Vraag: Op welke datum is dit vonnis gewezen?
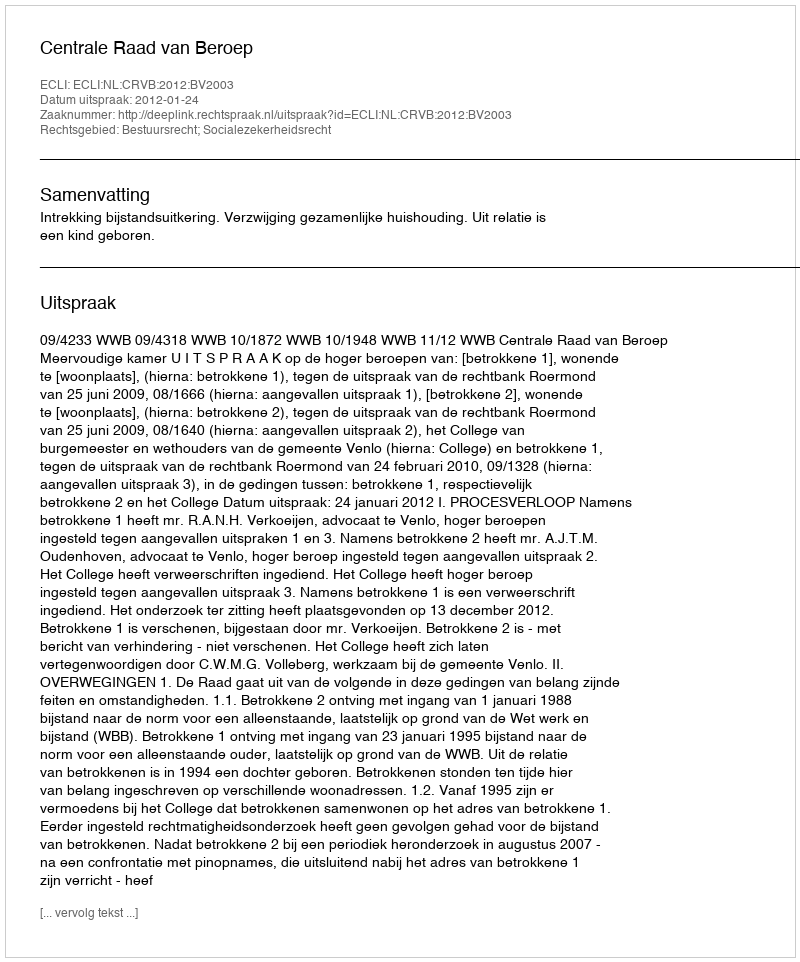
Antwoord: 2012-01-24